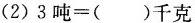
(2) $$3吨=( )千克$$